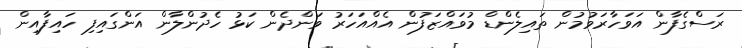
ރަސްގެފާން އަވަހާރަވުމުން ތައިލެންޑް މުވައްޒަފުން އެއްއަހަރު ވަންދެން ކަޅު ހެދުންލާން އަންގައިފި ހައިފާއިން